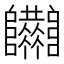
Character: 𨽴